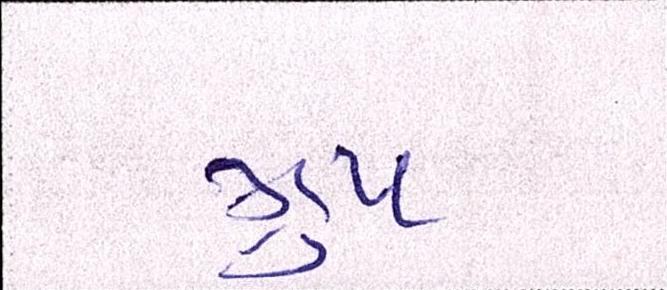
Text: ગ્રૂપ